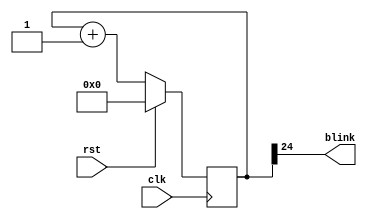
module blinker(
  // Figure out parameter (like wave)
    input clk,
    input rst,
    output blink
  );

  reg [24:0] counter_d, counter_q;

  assign blink = counter_q[24];

  always @(counter_q) begin
    counter_d = counter_q + 1'b1;
  end

  always @(posedge clk) begin
    if (rst) begin
      counter_q <= 25'b0;
    end else begin
      counter_q <= counter_d;
    end
  end

endmodule